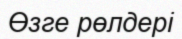
Өзге рөлдері